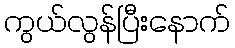
ကွယ်လွန်ပြီးနောက်